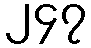
၂၄၇